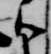
御